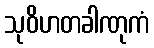
သုဝိဟတခါဏုကံ